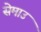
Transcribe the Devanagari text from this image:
सेमाउ